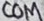
Text: COM